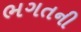
ભગતની